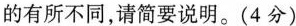
的有所不同，请简要说明。(4 分)